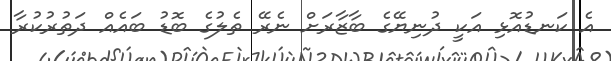
އެ ކަނޑުއޮޅި އަކީ ދުނިޔޭގެ ބާޒާރަށް ނެރޭ ތެލުގެ ބޮޑު ބައެއް ދަތުރުކުރާ